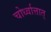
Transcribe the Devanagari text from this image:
चोर्ध्वात्तात्